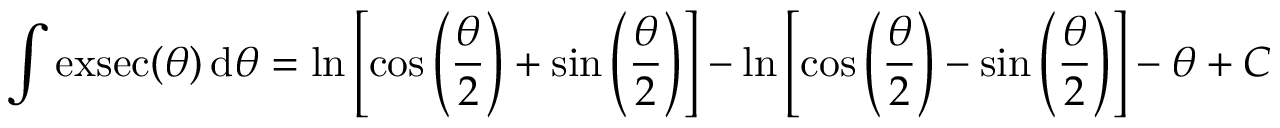
\int \operatorname { e x s e c } ( \theta ) \, \mathrm { d } \theta = \ln \left[ \cos \left( { \frac { \theta } { 2 } } \right) + \sin \left( { \frac { \theta } { 2 } } \right) \right] - \ln \left[ \cos \left( { \frac { \theta } { 2 } } \right) - \sin \left( { \frac { \theta } { 2 } } \right) \right] - \theta + C